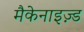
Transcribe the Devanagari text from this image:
मैकेनाइज़्ड